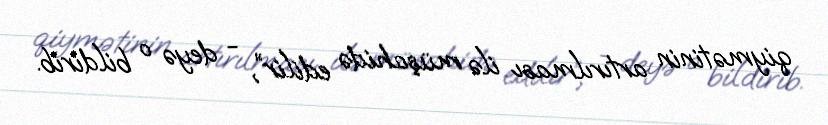
qiymətinin artırılması ilə müşahidə edilir”, - deyə o bildirib.